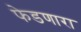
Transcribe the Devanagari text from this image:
फेडणारा